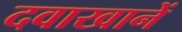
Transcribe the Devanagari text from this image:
दवाखानें